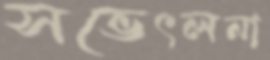
সভেৎলনা